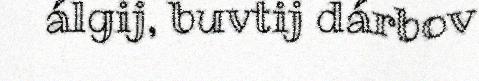
álgij, buvtij dárbov